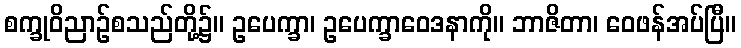
စက္ခုဝိညာဉ်စသည်တို့၌။ ဥပေက္ခာ၊ ဥပေက္ခာဝေဒနာကို။ ဘာဇိတာ၊ ဝေဖန်အပ်ပြီ။